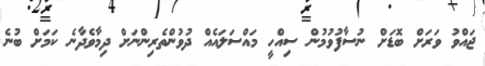
ޖައްވު ވަރަށް ބޮޑަށް ނުސާފުވުމުން ސިއްހީ މައްސަލައެއް ދުވުންތެރިންނަށް ދިމާވެދާނެ ކަމަށް ބުނެ